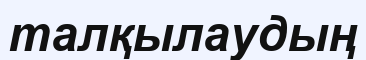
талқылаудың